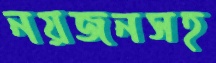
নয়জনসহ